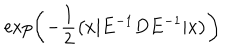
LaTeX: \exp \left( { - \frac { 1 } { 2 } \left( x | E ^ { - 1 } D E ^ { - 1 } | x \right) } \right) \,